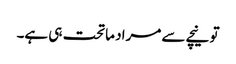
تو نیچے سے مراد ماتحت ہی ہے۔